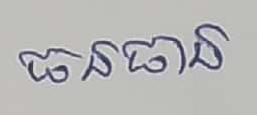
ធនធាន